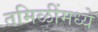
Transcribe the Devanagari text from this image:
तमिळींमध्ये